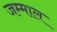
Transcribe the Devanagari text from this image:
जम्माल